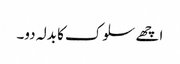
اچھے سلوک کا بدلہ دو۔